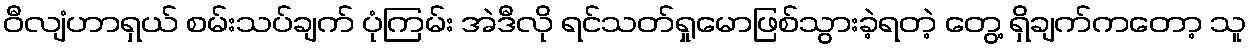
ဝီလျံဟာရှယ် စမ်းသပ်ချက် ပုံကြမ်း အဲဒီလို ရင်သတ်ရှုမောဖြစ်သွားခဲ့ရတဲ့ တွေ့ ရှိချက်ကတော့ သူ